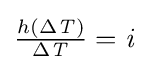
{\textstyle {\frac {h(\Delta {\mathit {T}})}{\Delta {\mathit {T}}}}={\mathit {i}}\,}